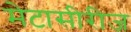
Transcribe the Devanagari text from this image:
मेटासीरीज